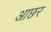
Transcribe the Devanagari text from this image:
आछर